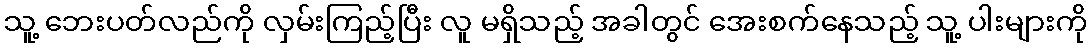
သူ့ ဘေးပတ်လည်ကို လှမ်းကြည့်ပြီး လူ မရှိသည့် အခါတွင် အေးစက်နေသည့် သူ့ ပါးများကို